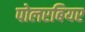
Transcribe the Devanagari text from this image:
पोलरबियर